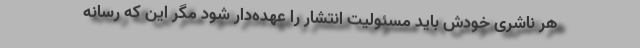
هر ناشری خودش باید مسئولیت انتشار را عهده‌دار شود مگر این که رسانه